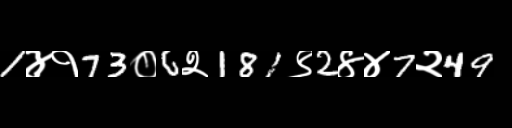
Text: 1४१73०6२181९2४४7२49